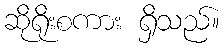
ဆိုရိုးစကား ရှိသည်။